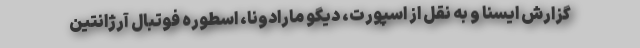
گزارش ایسنا و به نقل از اسپورت، دیگو مارادونا، اسطوره فوتبال آرژانتین